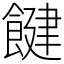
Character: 䭈